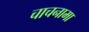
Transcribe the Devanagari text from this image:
चाचनामा